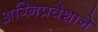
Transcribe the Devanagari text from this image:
अग्‍निप्रवेशाने